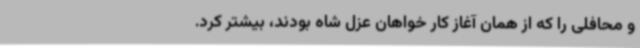
و محافلی را که از همان آغاز کار خواهان عزل شاه بودند، بیشتر کرد.